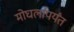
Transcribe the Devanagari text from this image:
मोघलांपर्यंत